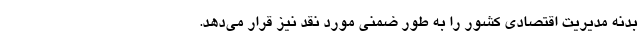
بدنه مدیریت اقتصادی کشور را به طور ضمنی مورد نقد نیز قرار می‌دهد.